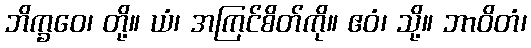
ဘိက္ခဝေ၊ တို့။ ယံ၊ အကြင်စိတ်ကို။ ဧဝံ၊ သို့။ ဘာဝိတံ၊